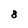
Character: 8